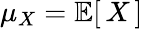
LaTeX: \mu_{X}=\operatorname{\mathbb{E}}[\, X\, ]